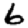
Digit: 6